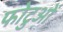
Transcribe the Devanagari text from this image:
फोटुओं